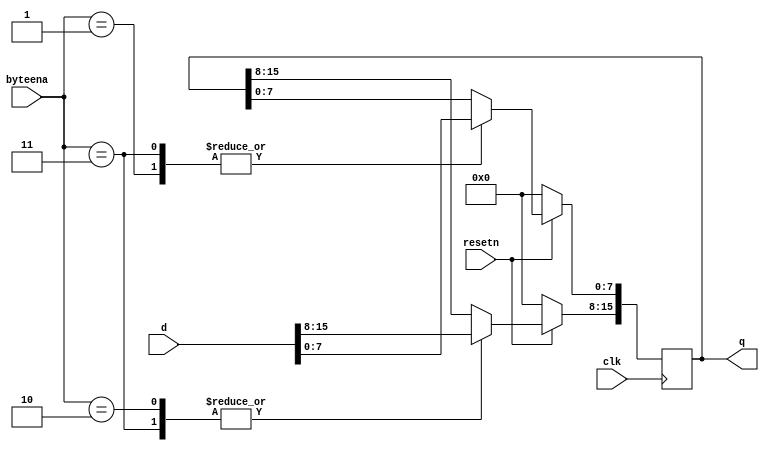
module top_module (
    input clk,
    input resetn,
    input [1:0] byteena,
    input [15:0] d,
    output [15:0] q
);
	always @ (posedge clk) begin
        if (~resetn) 
            q<=0;
        else begin
            case(byteena)
				2'b00: q<= q;
                2'b01: q[7:0]<= d[7:0];
                2'b10: q[15:8] <=d[15:8];
                2'b11: q<= d;
            endcase
        end
    end	
endmodule